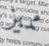
مميز